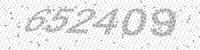
Solution: 652409